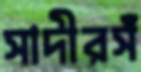
সাদীরসঁ